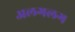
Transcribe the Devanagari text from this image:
अलगलग